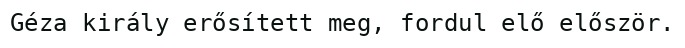
Géza király erősített meg, fordul elő először.